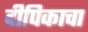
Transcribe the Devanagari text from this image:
दीपिकाचा